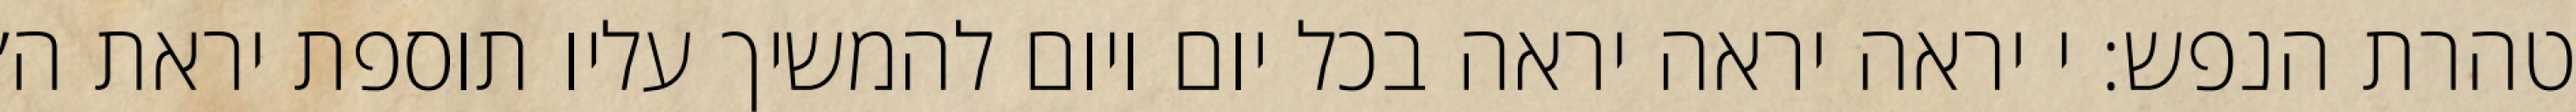
טהרת הנפש: י יראה יראה יראה בכל יום ויום להמשיך עליו תוספת יראת ה׳